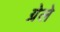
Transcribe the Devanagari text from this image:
ग्रेले